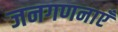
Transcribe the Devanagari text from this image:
जनगणनाएँ